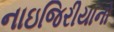
નાઇજિરીયાનો